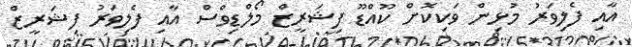
އާއި ފެލިވަރު މުޅިން ވަކިކޮށް ކޫއްޑޫ ފިޝަރީޒް މޯލްޑިވްސް އާއި ފެލިވަރު ފިޝަރީޒް